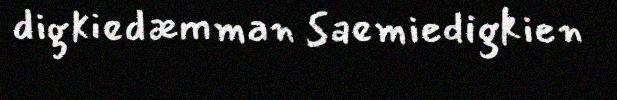
digkiedæmman Saemiedigkien